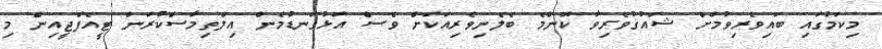
މިކަމުގައި ބައިވެރިވުމަށް ޝައުޤުވެރިވާ ކޮންމެ ބެލެނިވެރިއަކަށް ވެސް އަޅުގަނޑުމެން އިލްތިމާސްކުރަން ޓީއެފްޖީއިން މި